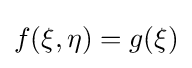
f(\xi ,\eta )=g(\xi )